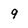
Character: 9